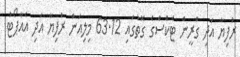
ރުފިޔާ އަދި ގްރީން ޓެކްސްގެ ގޮތުގައި 63.12 މިލިއަން ރުފިޔާ އަދި އެއާޕޯޓު